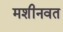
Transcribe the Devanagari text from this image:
मशीनवत